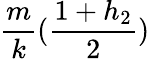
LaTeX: \frac{m}{k}(\frac{1+h_{2}}{2})